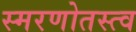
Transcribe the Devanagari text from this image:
स्मरणोतस्त्व